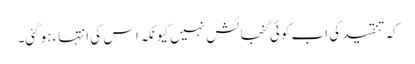
کہ تنقید کی اب کوئی گنجائش نہیں کیونکہ اس کی انتہاء ہوگئی۔